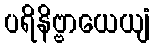
ပရိနိဗ္ဗာယေယျံ